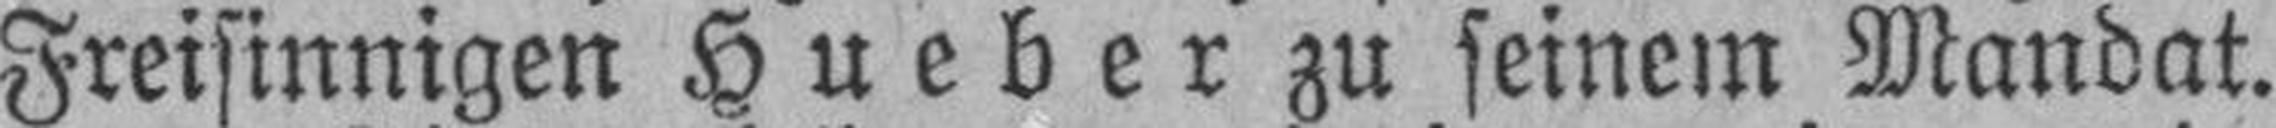
Freisinnigen Hueber zu seinem Mandat.